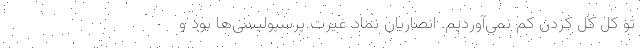
تو کل کل کردن کم نمی‌آوردیم. انصاریان نماد غیرت پرسپولیسی‌ها بود و